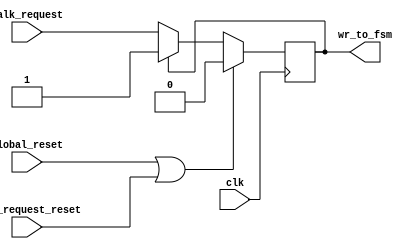
`timescale 1ns / 1ps
//////////////////////////////////////////////////////////////////////////////////
// Company: 
// Engineer: 
// 
// Design Name: 
// Module Name:    WalkRegister 
// Project Name: 
// Target Devices: 
// Tool versions: 
// Description: 
//
// Dependencies: 
//
// Revision: 
// Revision 0.01 - File Created
// Additional Comments: 
//
//////////////////////////////////////////////////////////////////////////////////
module WalkRegister( clk, walk_request, walk_request_reset, global_reset, 
	wr_to_fsm);
	
	input  clk, walk_request, walk_request_reset, global_reset;
	output wr_to_fsm;
	reg wr_to_fsm = 0;
	
	always @ (posedge clk)
	begin
		wr_to_fsm <= (global_reset || walk_request_reset) ? 0 : wr_to_fsm ? wr_to_fsm : walk_request ;
	end

endmodule